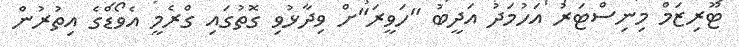
ޓޫރިޒަމް މިނިސްޓަރު އަހުމަދު އަދީބު "ހަވީރަ"ށް ވިދާޅުވި ގޮތުގައި ގްރެމީ އެވޯޑްގެ އިތުރުން